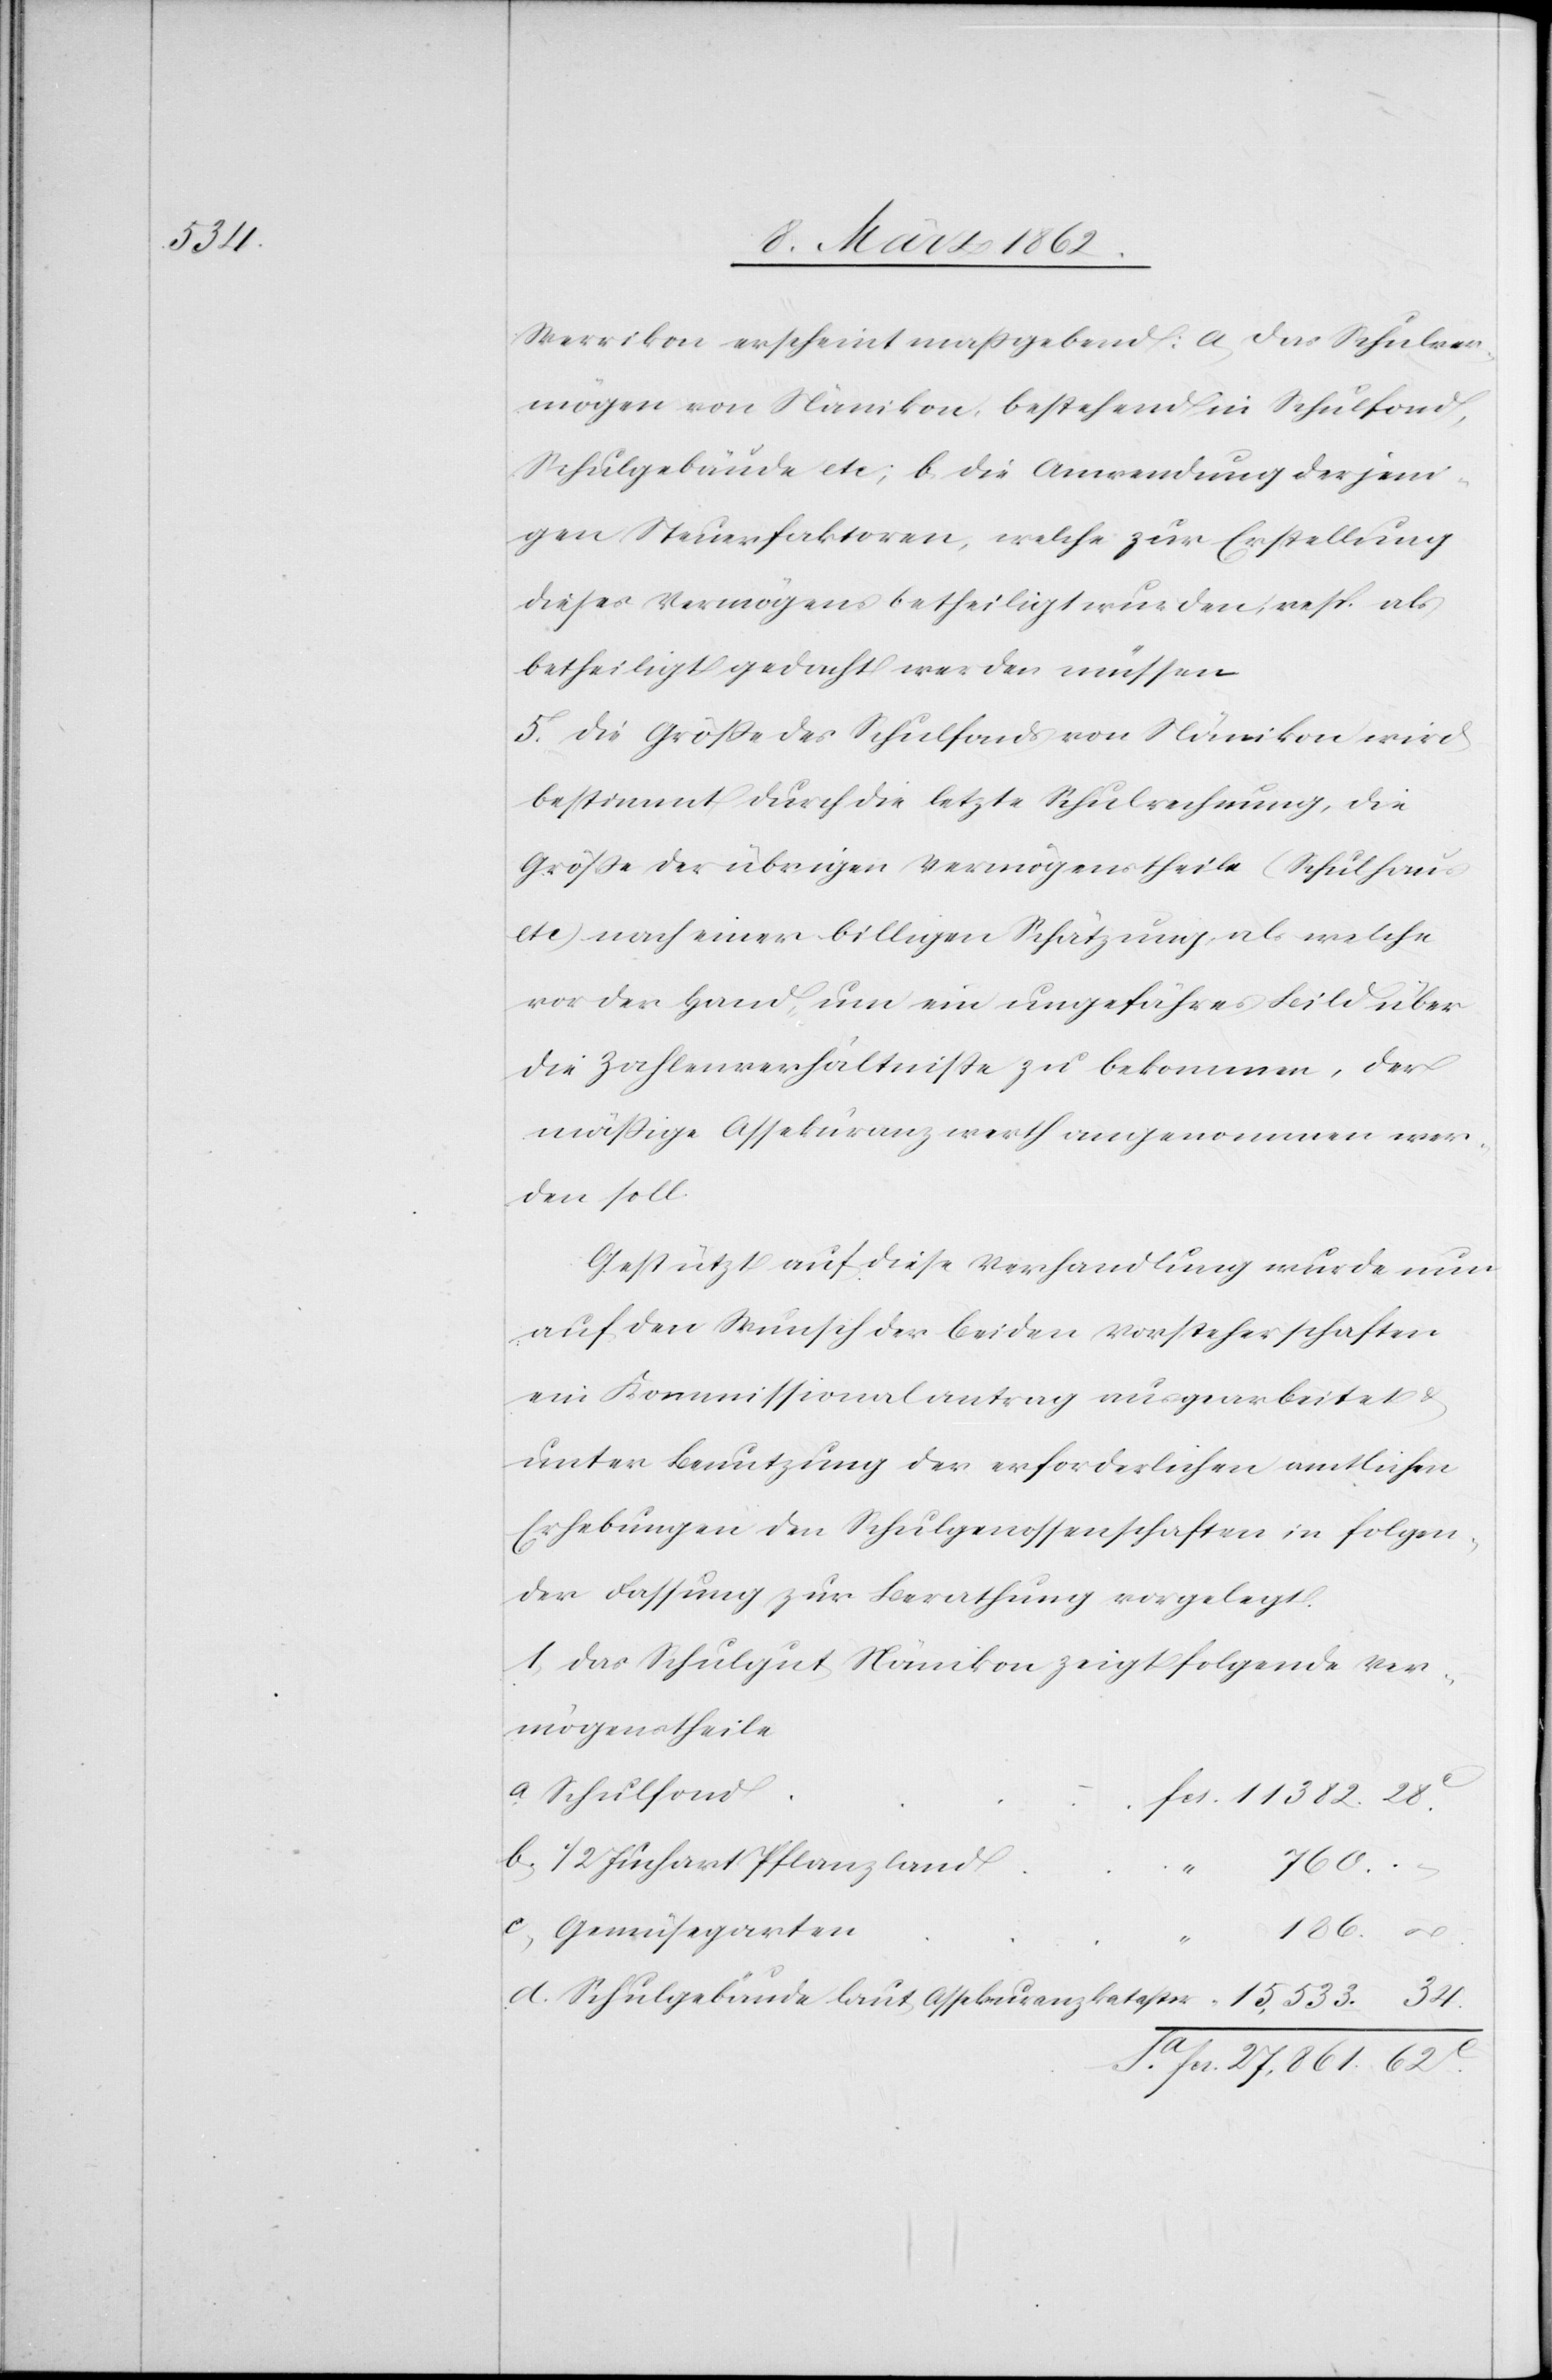
Werrikon erscheint maßgebend: a) das Schulver¬
mögen von Nänikon, bestehend in Schulfond,
Schulgebäude etc.; b) die Anwendung derjeni¬
gen Steuerfaktoren, welche zur Erstellung
dieses Vermögens betheiligt wurden, resp. als
betheiligt gedacht werden müssen
5) Die Größe des Schulfonds von Nänikon wird
bestimmt durch die letzte Schulrechnung, die
Größe der übrigen Vermögenstheile (Schulhaus
etc) nach einer billigen Schätzung, als welche
vor der Hand, um ein ungefähres Bild über
die Zahlenverhältniße zu bekommen, der
mäßige Assekuranzwerth angenommen wer¬
den soll.
Gestützt auf die Verhandlung wurde nun
auf den Wunsch der beiden Vorsteherschaften
ein Kommissionalantrag ausgearbeitet
unter Benutzung der erforderlichen amtlichen
Erhebungen den Schulgenossenschaften in folgen¬
der Fassung zur Berathung vorgelegt.
1) Das Schulgut Nänikon zeigt folgende Ver¬
mögenstheile
a) Schulfond
11,382.28.c.
b) 1/2 Juchart Pflanzland
c) Gemüsegarten